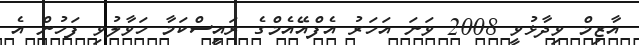
އާޒިމް ވިދާޅުވީ 2008 ވަނަ އަހަރު އެފްއޭއެމްގެ ރައީސްކަމާ ހަވާލުވި ފަހުން އެ